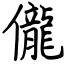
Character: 儱